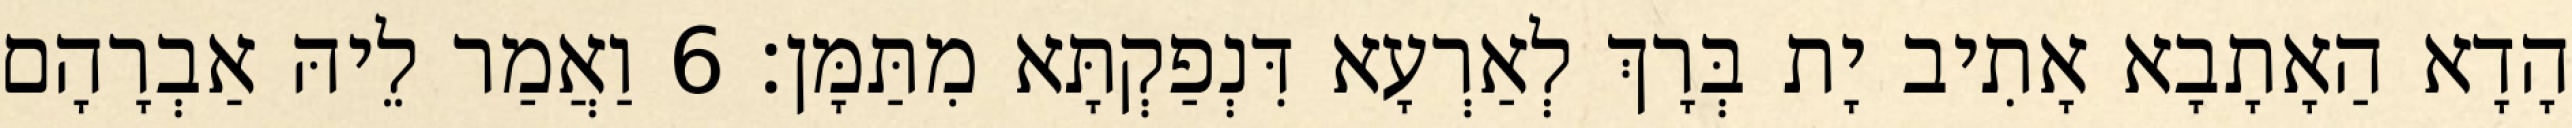
הָדָא הַאָתָבָא אָתִיב יָת בְּרָךְ לְאַרְעָא דִּנְפַקְתָּא מִתַּמָּן׃ 6 וַאֲמַר לֵיהּ אַבְרָהָם